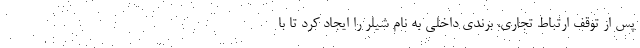
پس از توقف ارتباط تجاری، برندی داخلی به نام شیلر را ایجاد کرد تا با